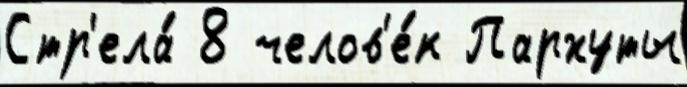
Стр'ела́ 8 челов'е́к Пархуты